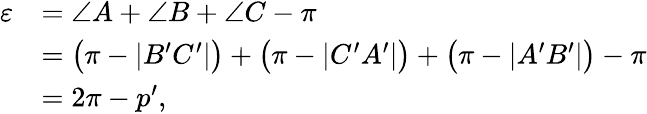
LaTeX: {\begin{array}{rl}{\varepsilon}&{=\angle A+\angle B+\angle C-\pi}\\ &{={\bigl(}\pi-|B^{\prime}C^{\prime}|{\bigr)}+{\bigl(}\pi-|C^{\prime}A^{\prime}|{\bigr)}+{\bigl(}\pi-|A^{\prime}B^{\prime}|{\bigr)}-\pi}\\ &{=2\pi-p^{\prime},}\end{array}}